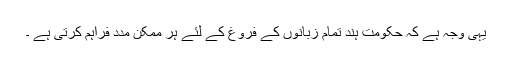
یہی وجہ ہے کہ حکومت ہند تمام زبانوں کے فروغ کے لئے ہر ممکن مدد فراہم کرتی ہے ۔